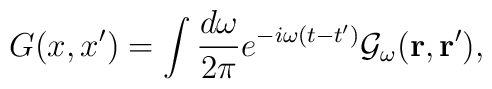
G(x,x')=\int{d\omega\over2\pi}e^{-i\omega(t-t')}{\cal G}_\omega({\bf r,r'}),